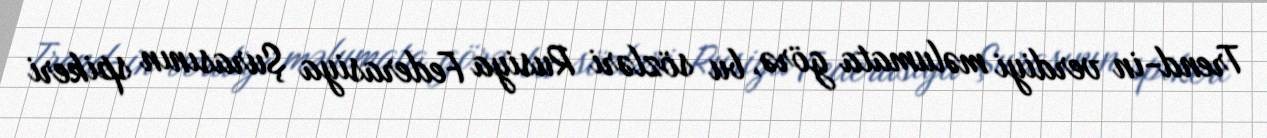
Trend-in verdiyi məlumata görə, bu sözləri Rusiya Federasiya Şurasının spikeri